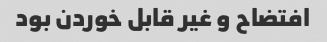
افتضاح و غیر قابل خوردن بود